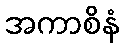
အကာစိနံ